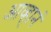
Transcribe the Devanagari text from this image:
आव्हानं